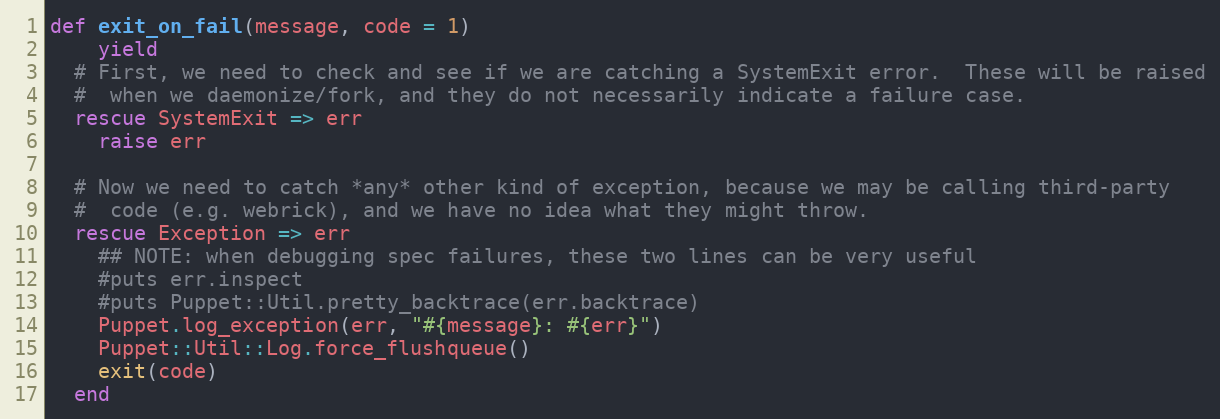
Language: Ruby
def exit_on_fail(message, code = 1)
    yield
  # First, we need to check and see if we are catching a SystemExit error.  These will be raised
  #  when we daemonize/fork, and they do not necessarily indicate a failure case.
  rescue SystemExit => err
    raise err

  # Now we need to catch *any* other kind of exception, because we may be calling third-party
  #  code (e.g. webrick), and we have no idea what they might throw.
  rescue Exception => err
    ## NOTE: when debugging spec failures, these two lines can be very useful
    #puts err.inspect
    #puts Puppet::Util.pretty_backtrace(err.backtrace)
    Puppet.log_exception(err, "#{message}: #{err}")
    Puppet::Util::Log.force_flushqueue()
    exit(code)
  end